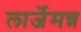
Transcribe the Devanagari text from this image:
लार्जेमन्न